Medical and sanitary report of the native army of Madras for the year
Year: 1876
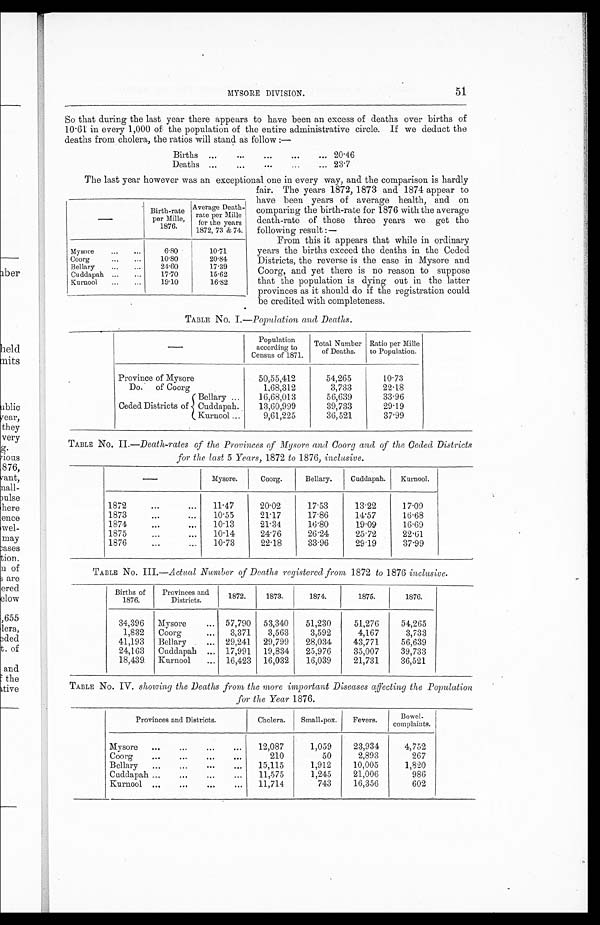
MYSORE DIVISION.
51
So that during the last year there appears to have been an excess of deaths over births of
10.61 in every 1,000 of the population of the entire administrative circle. If we deduct the
deaths from cholera, the ratios will stand as follow :—
Births ....
...
...
...
... 20.46
Deaths ...
...
...
...
... 23.7
The last year however was an exceptional one in every way, and the comparison is hardly
fair. The years 1872, 1873 and 1874 appear to
Birth-rate
per Mille,
1876.
Average Death-
rate per Mille
for the years
1872, 73 & 74.
Mysore
...
...
6.80
10.71
Coorg
...
. . .
10.80
20.84
Bellary
...
...
24.60
17.39
Cuddapah ...
...
17.70
15.62
Kurnool
. . . . . .
19.10
16.82
have been years of average health, and on
comparing the birth-rate for 1876 with the average
death-rate of those three years we get the
following result :—
From this it appears that while in ordinary
years the births exceed the deaths in the Ceded
Districts, the reverse is the case in Mysore and
Coorg, and yet there is no reason to suppose
that the population is dying out in the latter
provinces as it should do if the registration could
be credited with completeness.
TABLE NO. I .—Population and Deaths.
Population
according to
Census of 1871.
Total Number
of Deaths.
Ratio per Mille
to Population.
Province of Mysore
50,55,412
54,265
10.73
Do.
of Coorg
1,68,312
3,733
22.18
Ceded Districts of
Bellary ...
16,68,013
56,639
33.96
Cuddapah..
13,60,999
39,733
29.19
Kurnool ...
9,61,225
36,521
37.99
TABLE No. II.—Death-rates of the Provinces of Mysore and Coorg and of the Ceded Districts
for the last 5 Years, 1872 to 1876, inclusive.
Mysore.
Coorg.
Bellary.
Cuddapah.
Kurnool.
1872
...
...
11.47
20.02
17.53
1 3 . 2 2
17.09
1873
...
...
10.55
21.17
17.86
1 4 . 5 7
16.68
1874
...
...
10.13
21.34
1 6 . 8 0
19.09
16.69
1875... ...
10.14
24.76
2 6 . 2 4
25.72
22.61
1876... ...
10.73
22.18
33.96
29.19
37.99
TABLE No. III.—Actual Number of Deaths registered from 1872 to 1876 inclusive.
Births of
1876.
Provinces and
Districts.
1872.
1873.
1874.
1875.
1876.
34,396
Mysore
... 57,790
53,340
51,230
51,276
54,265
1,832
Coorg
...
3,371
3,563
3,592
4,167
3,733
41,193
Bellary
... 29,241
29,799
28,034
43,771
56,639
24,163
Cuddapah ... 17,991
19,834
25,976
35,007
39,733
18,439
Kurnool
... 16,423
16,032
16,039
21,731
36,521
TABLE No. IV. showing the Deaths from the more important Diseases affecting the Population
for the Year 1876.
Provinces and Districts.
Cholera.
Small-pox.
Fevers.
Bowel -
complaints.
Mysore
... ...
... ...
12,087
1,059
23,934
4,752
Coorg
...
...
...
. . .
210
50
2 , 8 9 3
267
Bellary
... ... ...
...
15,115
1,912
10,005
1,820
Cuddapah ... ...
... ...
11,575
1,245
21,006
986
Kurnool ...
...
...
...
11,714
743
16,356
602